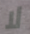
لا